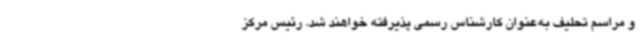
و مراسم تحلیف به‌عنوان کارشناس رسمی پذیرفته خواهند شد. رئیس مرکز